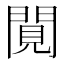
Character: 𨴼